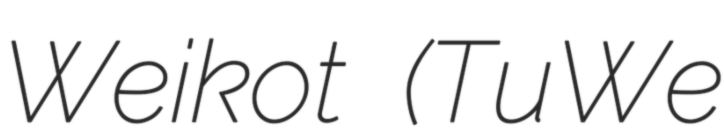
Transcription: Weikot (TuWe